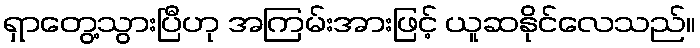
ရှာတွေ့သွားပြီဟု အကြမ်းအားဖြင့် ယူဆနိုင်လေသည်။